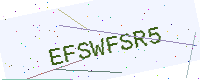
Text: EFSWFSR5